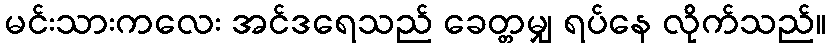
မင်းသားကလေး အင်ဒရေသည် ခေတ္တမျှ ရပ်နေ လိုက်သည်။